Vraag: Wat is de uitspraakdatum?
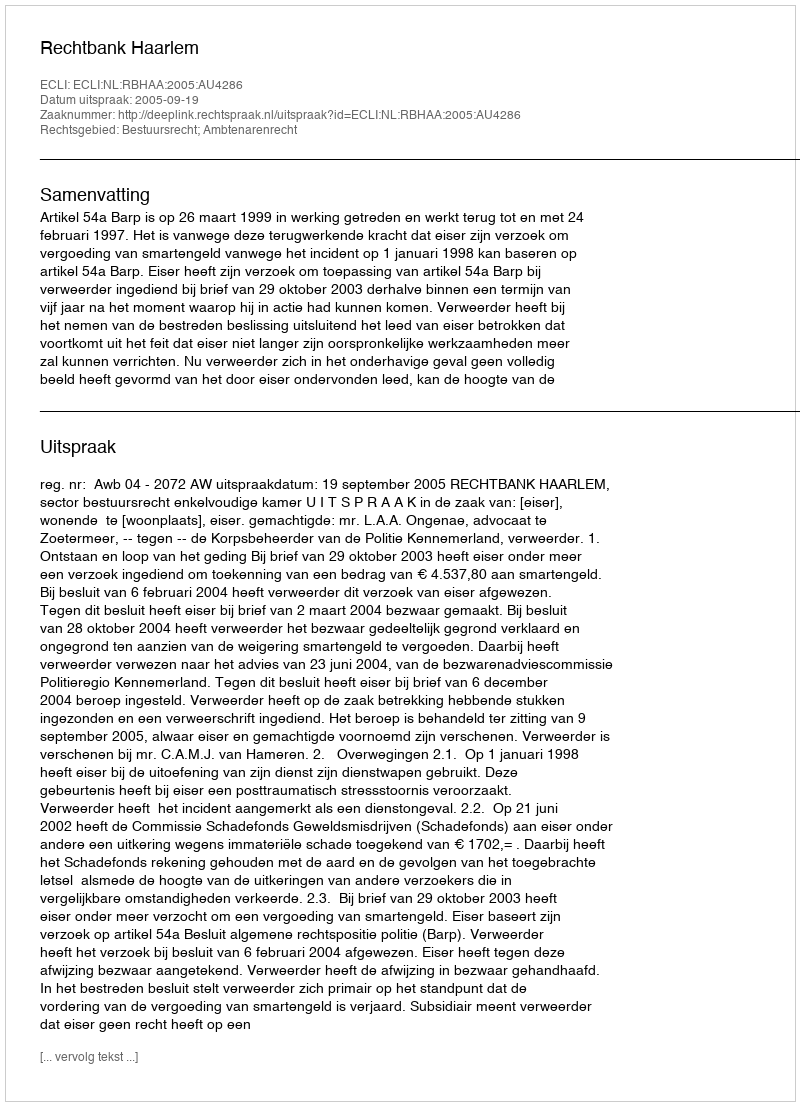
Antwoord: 2005-09-19